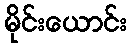
မိုင်းယောင်း